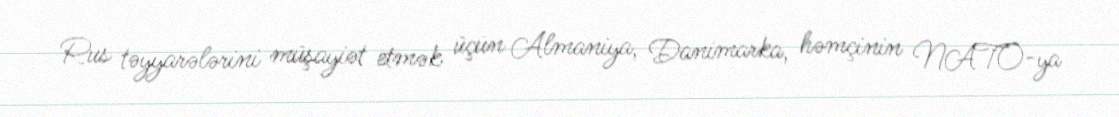
Rus təyyarələrini müşayiət etmək üçün Almaniya, Danimarka, həmçinin NATO-ya